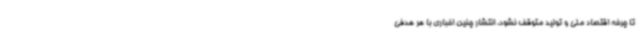
تا چرخه اقتصاد ملی و تولید متوقف نشود، انتشار چنین اخباری با هر هدفی